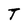
Character: T